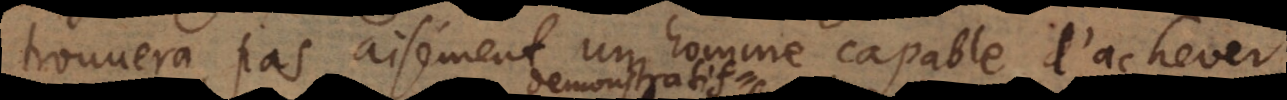
trouvera pas aisément un homme capable d’achever